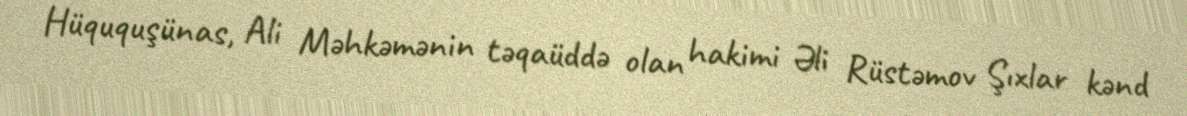
Hüququşünas, Ali Məhkəmənin təqaüddə olan hakimi Əli Rüstəmov Şıxlar kənd